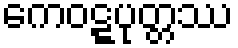
ကေဝဋ္ဋပုတ္တဿ